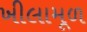
ખીલામૂળ